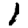
Digit: 1